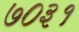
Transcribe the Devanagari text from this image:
७०३१